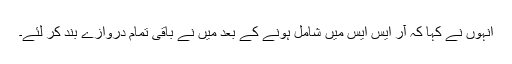
انہوں نے کہا کہ آر ایس ایس میں شامل ہونے کے بعد میں نے باقی تمام دروازے بند کر لئے۔